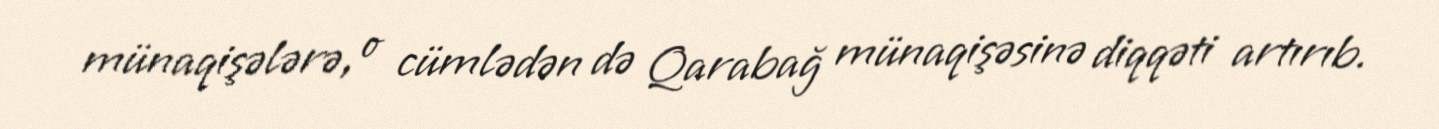
münaqişələrə, o cümlədən də Qarabağ münaqişəsinə diqqəti artırıb.